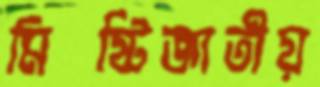
মিষ্টিজাতীয়